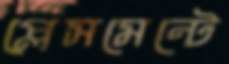
প্লেসমেন্টে